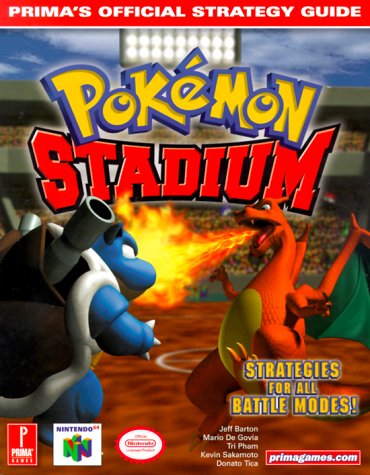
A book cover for Pokemon Stadium (Prima's Official Strategy Guide); Prima Development; Computers & Technology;